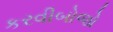
કરવીબોજો